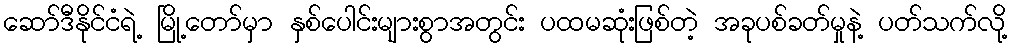
ဆော်ဒီနိုင်ငံရဲ့ မြို့တော်မှာ နှစ်ပေါင်းများစွာအတွင်း ပထမဆုံးဖြစ်တဲ့ အခုပစ်ခတ်မှုနဲ့ ပတ်သက်လို့